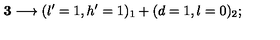
{ \bf 3 } \longrightarrow ( l ^ { \prime } = 1 , h ^ { \prime } = 1 ) _ { 1 } + ( d = 1 , l = 0 ) _ { 2 } ;